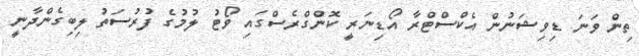
ތިން ވަނަ ޑިވިޝަނުން އެކްސްޓްރާ އޯޑިނަރީ ކޮންގްރެސްގައި ވޯޓު ލުމުގެ ފުރުސަތު ލިބިގެންދާނީ